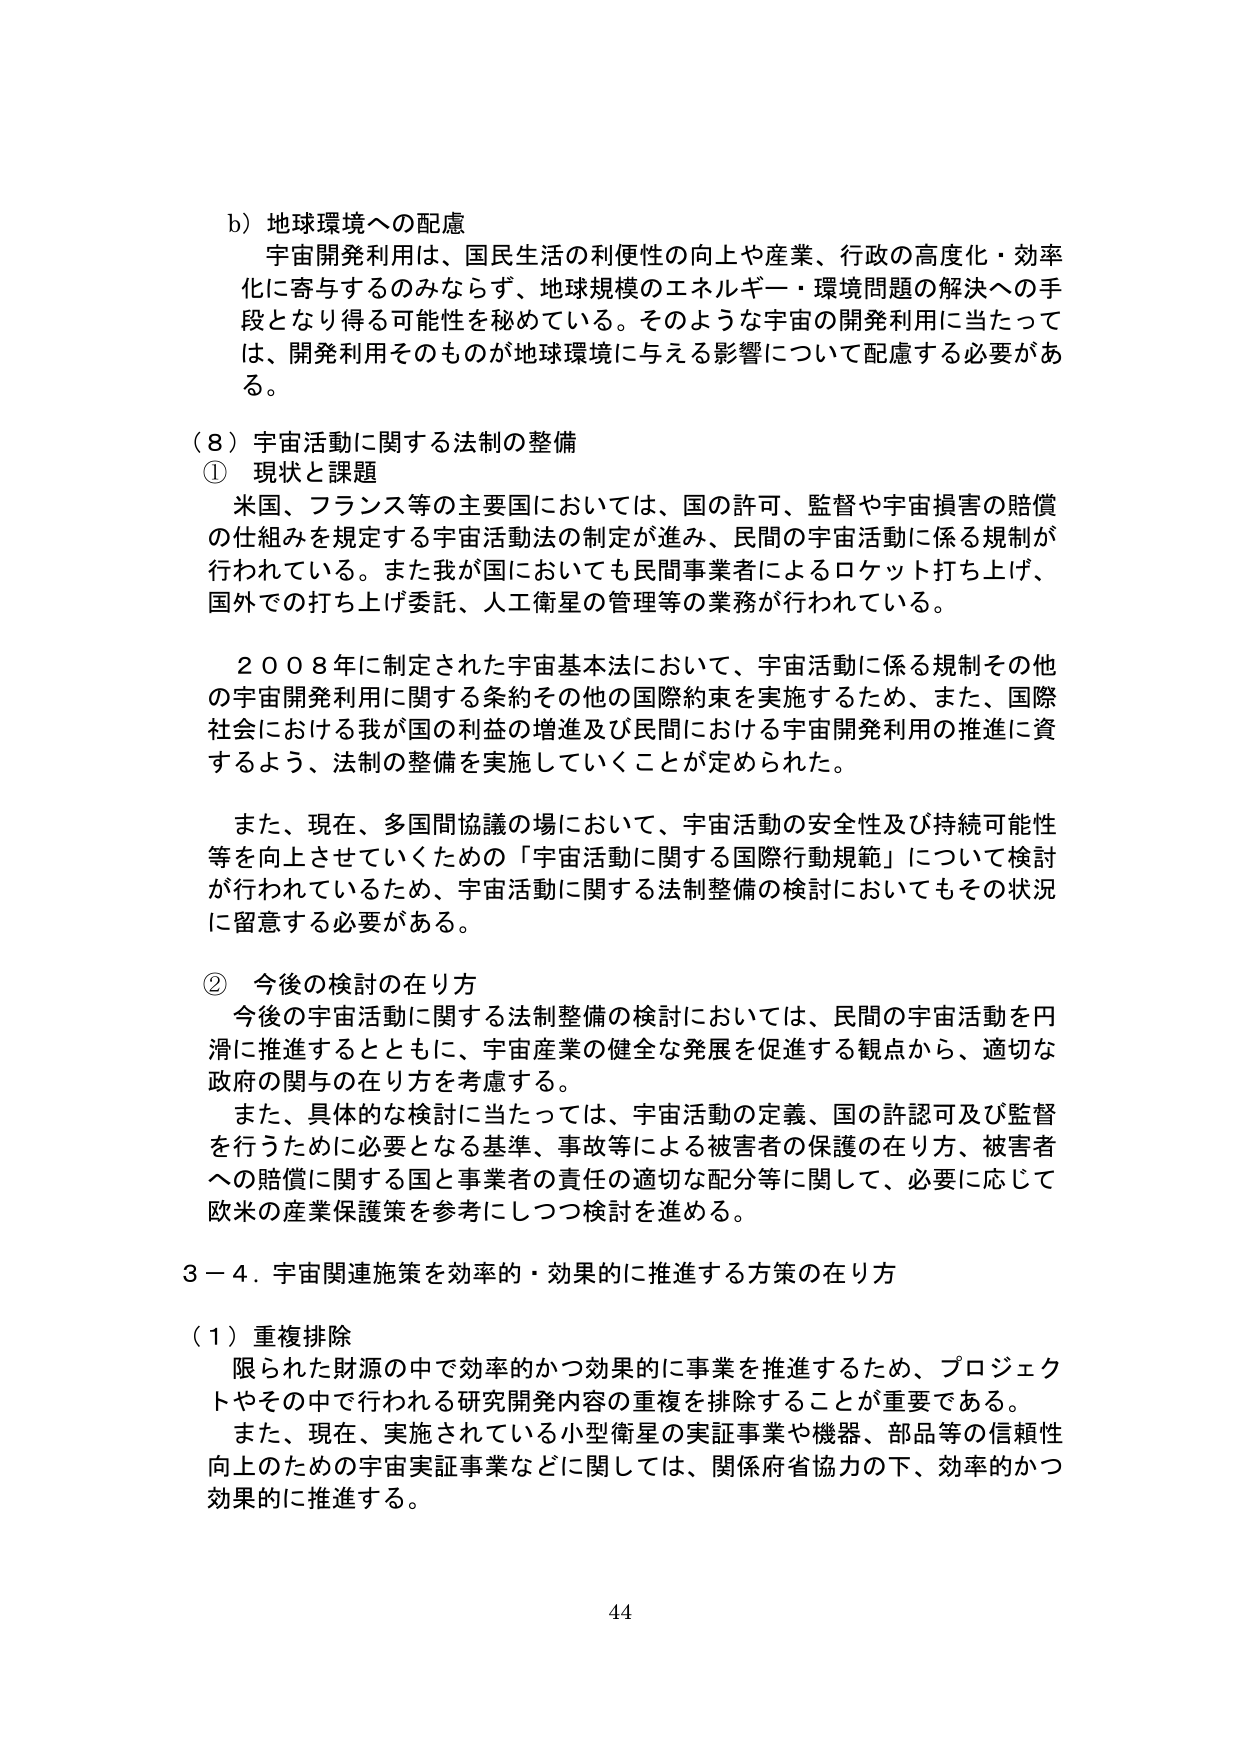
b) 地球環境への配慮
宇宙開発利用は、国民生活の利便性の向上や産業、行政の高度化・効率化に寄与するのみならず、地球規模のエネルギー・環境問題の解決への手段となり得る可能性を秘めている。そのような宇宙の開発利用に当たっては、開発利用そのものが地球環境に与える影響について配慮する必要がある。

（８）宇宙活動に関する法制の整備
① 現状と課題
米国、フランス等の主要国においては、国の許可、監督や宇宙損害の賠償の仕組みを規定する宇宙活動法の制定が進み、民間の宇宙活動に係る規制が行われている。また我が国においても民間事業者によるロケット打ち上げ、国外での打ち上げ委託、人工衛星の管理等の業務が行われている。

２００８年に制定された宇宙基本法において、宇宙活動に係る規制その他 の宇宙開発利用に関する条約その他の国際約束を実施するため、また、国際社会における我が国の利益の増進及び民間における宇宙開発利用の推進に資するよう、法制の整備を実施していくことが定められた。

また、現在、多国間協議の場において、宇宙活動の安全性及び持続可能性等を向上させていくための「宇宙活動に関する国際行動規範」について検討が行われているため、宇宙活動に関する法制整備の検討においてもその状況に留意する必要がある。

② 今後の検討の在り方
今後の宇宙活動に関する法制整備の検討においては、民間の宇宙活動を円滑に推進するとともに、宇宙産業の健全な発展を促進する観点から、適切な政府の関与の在り方を考慮する。
また、具体的な検討に当たっては、宇宙活動の定義、国の許認可及び監督を行うために必要となる基準、事故等による被害者の保護の在り方、被害者への賠償に関する国と事業者の責任の適切な配分等に関して、必要に応じて欧米の産業保護政策を参考にしつつ検討を進める。

３－４．宇宙関連施策を効率的・効果的に推進する方策の在り方
（１）重複排除
限られた財源の中で効率的かつ効果的に事業を推進するため、プロジェクトやその中で行われる研究開発内容の重複を排除することが重要である。
また、現在、実施されている小型衛星の実証事業や機器、部品等の信頼性向上のための宇宙実証事業などに関しては、関係府省協力の下、効率的かつ効果的に推進する。

44